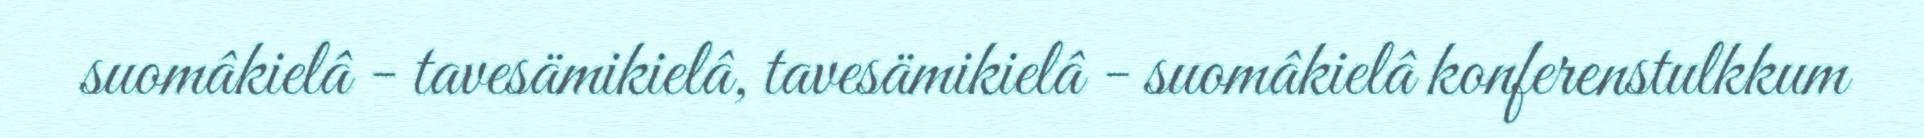
suomâkielâ - tavesämikielâ, tavesämikielâ - suomâkielâ konferenstulkkum